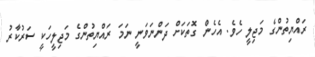
ރައްޔިތުންގެ މަޖިލީ ހެވެ. އެހެން ގޮތަކަށް ދަންނަވަނީ ނަމަ ރައްޔިތުންގެ މަޖިލީހަކީ ސަރުކާރު